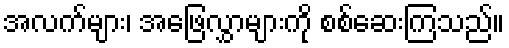
အလက်များ၊ အဖြေလွှာများကို စစ်ဆေးကြသည်။